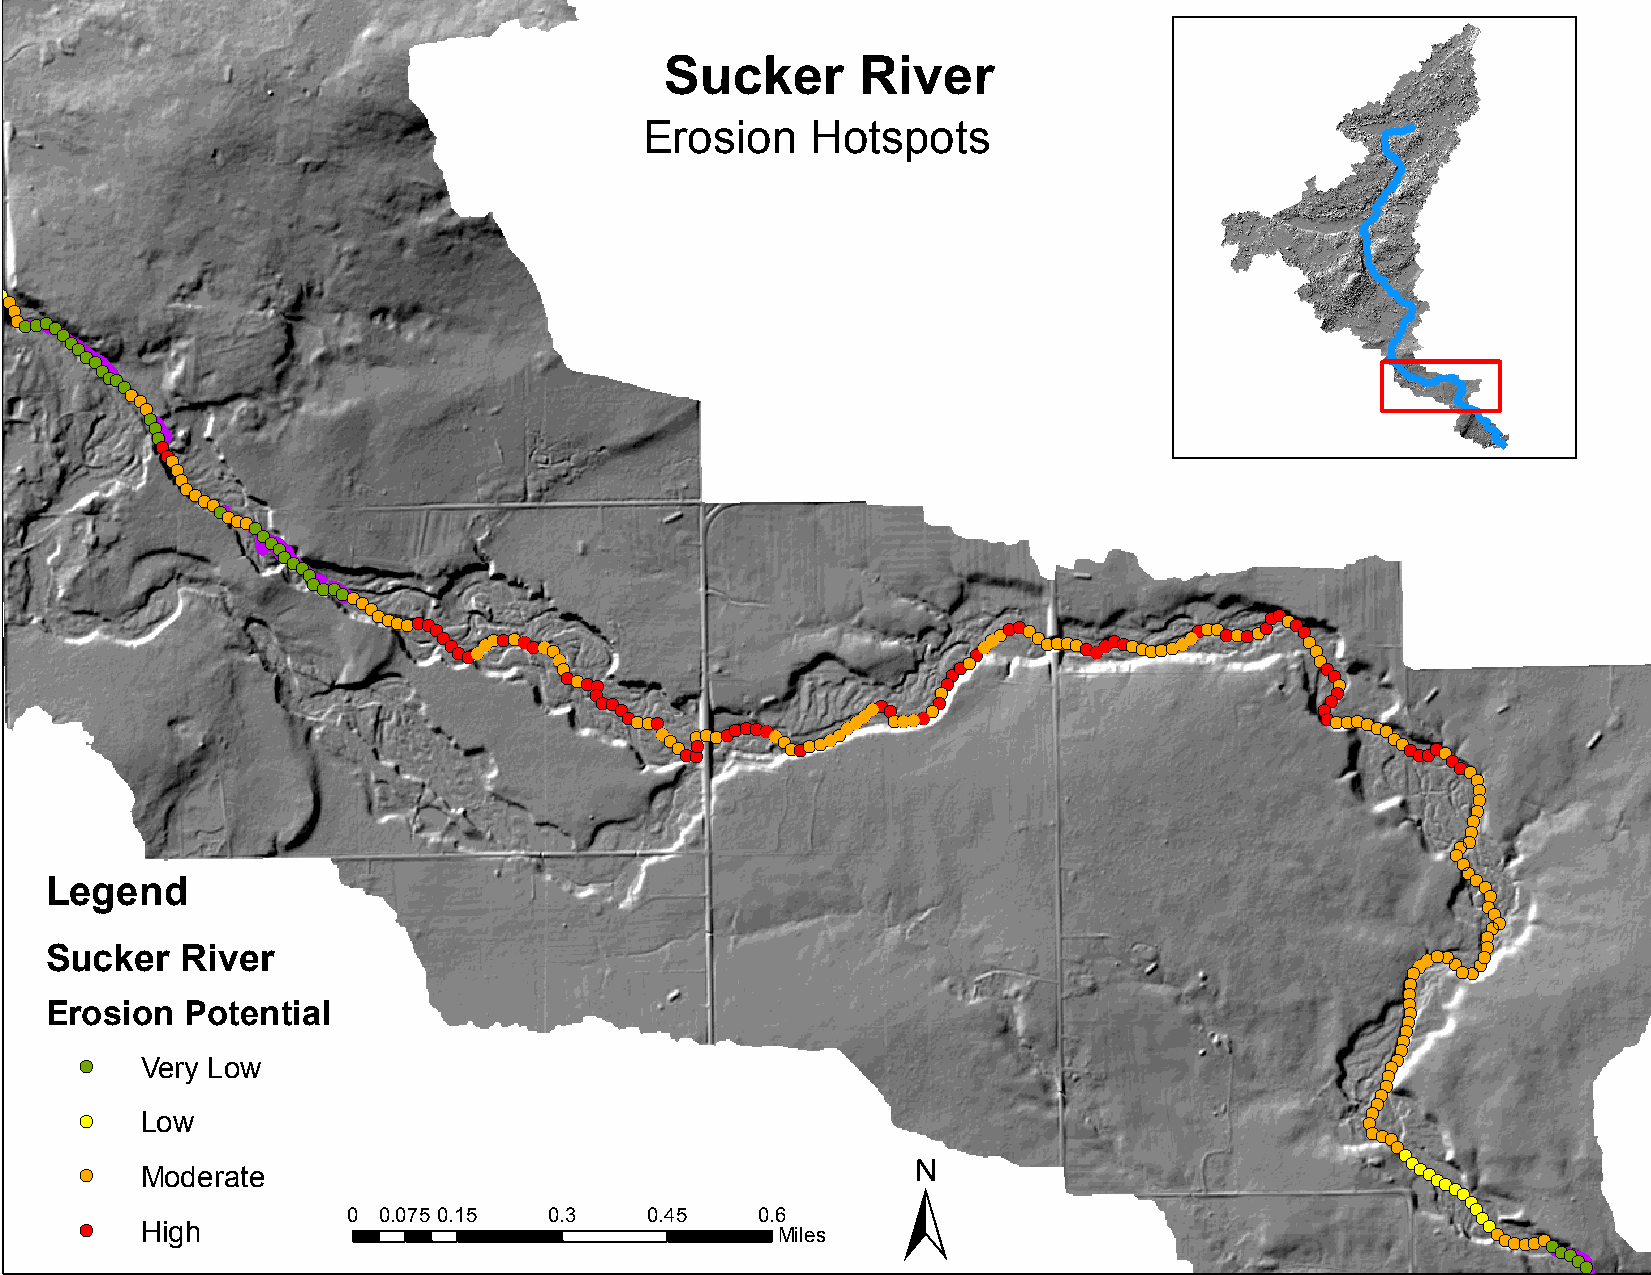
Sucker       River
 !(
 !(                                         Erosion    Hotspots
 !(
 !(
 !(
 !( !(!(!(
 !(!(
 !(
 !(
 !(
 !(
 !(!(!(!(!(
 !(
 !(!(
 !(!(
 !(
 !(!(
 !(
 !(!(
 !(
 !(
 !(
 !(
 !(
 !(!(
 !(
 !(
 !(!(!(!(
 !(!(!(!(!(
 !(
 !(!(
 !(!(!(
 !(
 !(!(!(!(!(!(!(
 !(!(!(!(!(!(!(
 !( !( !(!((!(!!(!(!((!!((!!(
 (!
 !(
 !((!!(!(
 !(!(!(!(!((!(!!(!(!(!(
 !(!(!(!(!(!((!(!!(!(!(!(!(!(!((!(!!(!(!(!(!(!(!(!(!(!(!(!(
 !( !( !(
 !(
 !(
 !(
 !(
 !(                     !(                        !(
 !(!(!(
 !(!(!(!(
 (! !( !( !(!( !(!(!(!(!(!(!(!((!(! !(
 !(!(!(!((!(!(!(!(!(!!(!( !(!((!(!!(!( !( !(!(
 !(!(!(!(!(!(
 !(!(!(!(!(!(!(
 !(
 !(!(
 !(
 !(
 !(
 !(
 !(
 !(
 !(!(
 !(
 !(
 !(
 !(
 Legend                                                                                         !(
 !(
 !(
 !(
 !(!(
 !(
 !(
 Sucker   River                                                                            !((!(!!((! !( !(!(!(!(
 !(
 !(
 !(
 Erosion  Potential                                                                        !(
 !(
 !(
 !(
 !(
 !(  Very Low                                                                           !(!(
 !(
 !(
 !(
 !(
 !(
 !(  Low                                                                              !(
 ±
 !(!(!(
 !(
 !(
 !(
 !(  Moderate                                                                             !(!(!(!(!(!(
 !(
 !(
 0 0.075 0.15 0.3    0.45   0.6                                             !(
 !(  High                                      Miles                                          !( !( !(!(!(!(!(!(!(!(!(
 !(
 !(
 !(
 !( !(!(!(!(!(!(!(!(!(!(!(!(